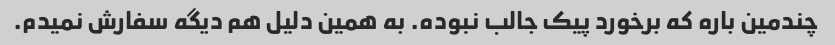
چندمین باره که برخورد پیک جالب نبوده. به همین دلیل هم دیگه سفارش نمیدم.